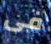
فى